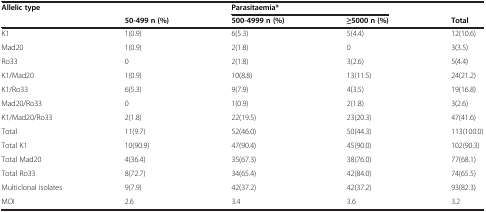
<table><thead><tr><td rowspan="2"><b>Allelic type</b></td><td><b> </b></td><td colspan="2"><b>Parasitaemia*</b></td><td><b> </b></td></tr><tr><td><b>50-499 n (%)</b></td><td><b>500-4999 n (%)</b></td><td><b>≥5000 n (%)</b></td><td><b>Total</b></td></tr></thead><tbody><tr><td>K1</td><td>1(0.9)</td><td>6(5.3)</td><td>5(4.4)</td><td>12(10.6)</td></tr><tr><td>Mad20</td><td>1(0.9)</td><td>2(1.8)</td><td>0</td><td>3(3.5)</td></tr><tr><td>Ro33</td><td>0</td><td>2(1.8)</td><td>3(2.6)</td><td>5(4.4)</td></tr><tr><td>K1/Mad20</td><td>1(0.9)</td><td>10(8.8)</td><td>13(11.5)</td><td>24(21.2)</td></tr><tr><td>K1/Ro33</td><td>6(5.3)</td><td>9(7.9)</td><td>4(3.5)</td><td>19(16.8)</td></tr><tr><td>Mad20/Ro33</td><td>0</td><td>1(0.9)</td><td>2(1.8)</td><td>3(2.6)</td></tr><tr><td>K1/Mad20/Ro33</td><td>2(1.8)</td><td>22(19.5)</td><td>23(20.3)</td><td>47(41.6)</td></tr><tr><td>Total</td><td>11(9.7)</td><td>52(46.0)</td><td>50(44.3)</td><td>113(100.0)</td></tr><tr><td>Total K1</td><td>10(90.9)</td><td>47(90.4)</td><td>45(90.0)</td><td>102(90.3)</td></tr><tr><td>Total Mad20</td><td>4(36.4)</td><td>35(67.3)</td><td>38(76.0)</td><td>77(68.1)</td></tr><tr><td>Total Ro33</td><td>8(72.7)</td><td>34(65.4)</td><td>42(84.0)</td><td>74(65.5)</td></tr><tr><td>Multiclonal isolates</td><td>9(7.9)</td><td>42(37.2)</td><td>42(37.2)</td><td>93(82.3)</td></tr><tr><td>MOI</td><td>2.6</td><td>3.4</td><td>3.6</td><td>3.2</td></tr></tbody></table>